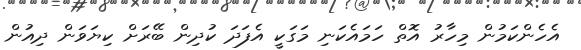
އެހެންކަމުން މިހާރު އޮތް ހަމައެކަނި މަގަކީ އެފަދަ ކުދިން ބޭރަށް ކިޔަވަން ދިއުން